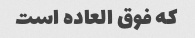
که فوق العاده است